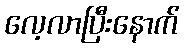
လေ့လာပြီးနောက်